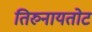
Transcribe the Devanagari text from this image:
तिरुनायतोट